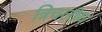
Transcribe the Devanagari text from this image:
त्रिचलीय